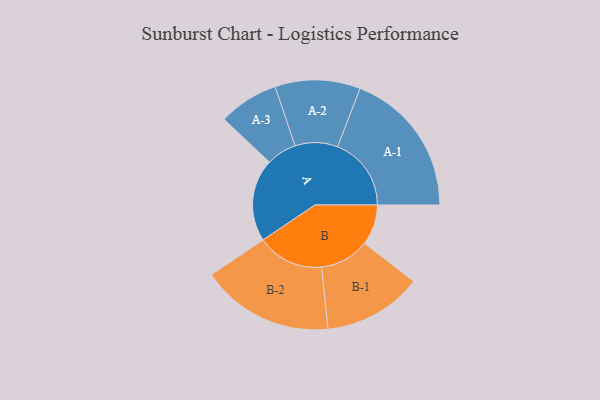
{"axis": {"x": "Segment", "y": "Value"}, "legend": ["", "A", "B"], "data": [{"x": "A", "y": 297, "type": ""}, {"x": "B", "y": 145, "type": ""}, {"x": "A-1", "y": 265, "type": "A"}, {"x": "A-2", "y": 153, "type": "A"}, {"x": "A-3", "y": 108, "type": "A"}, {"x": "B-1", "y": 178, "type": "B"}, {"x": "B-2", "y": 239, "type": "B"}]}